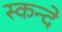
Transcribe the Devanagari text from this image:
स्कन्दे